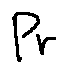
P r